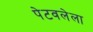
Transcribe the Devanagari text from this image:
पेटवलेला